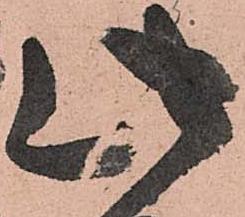
此